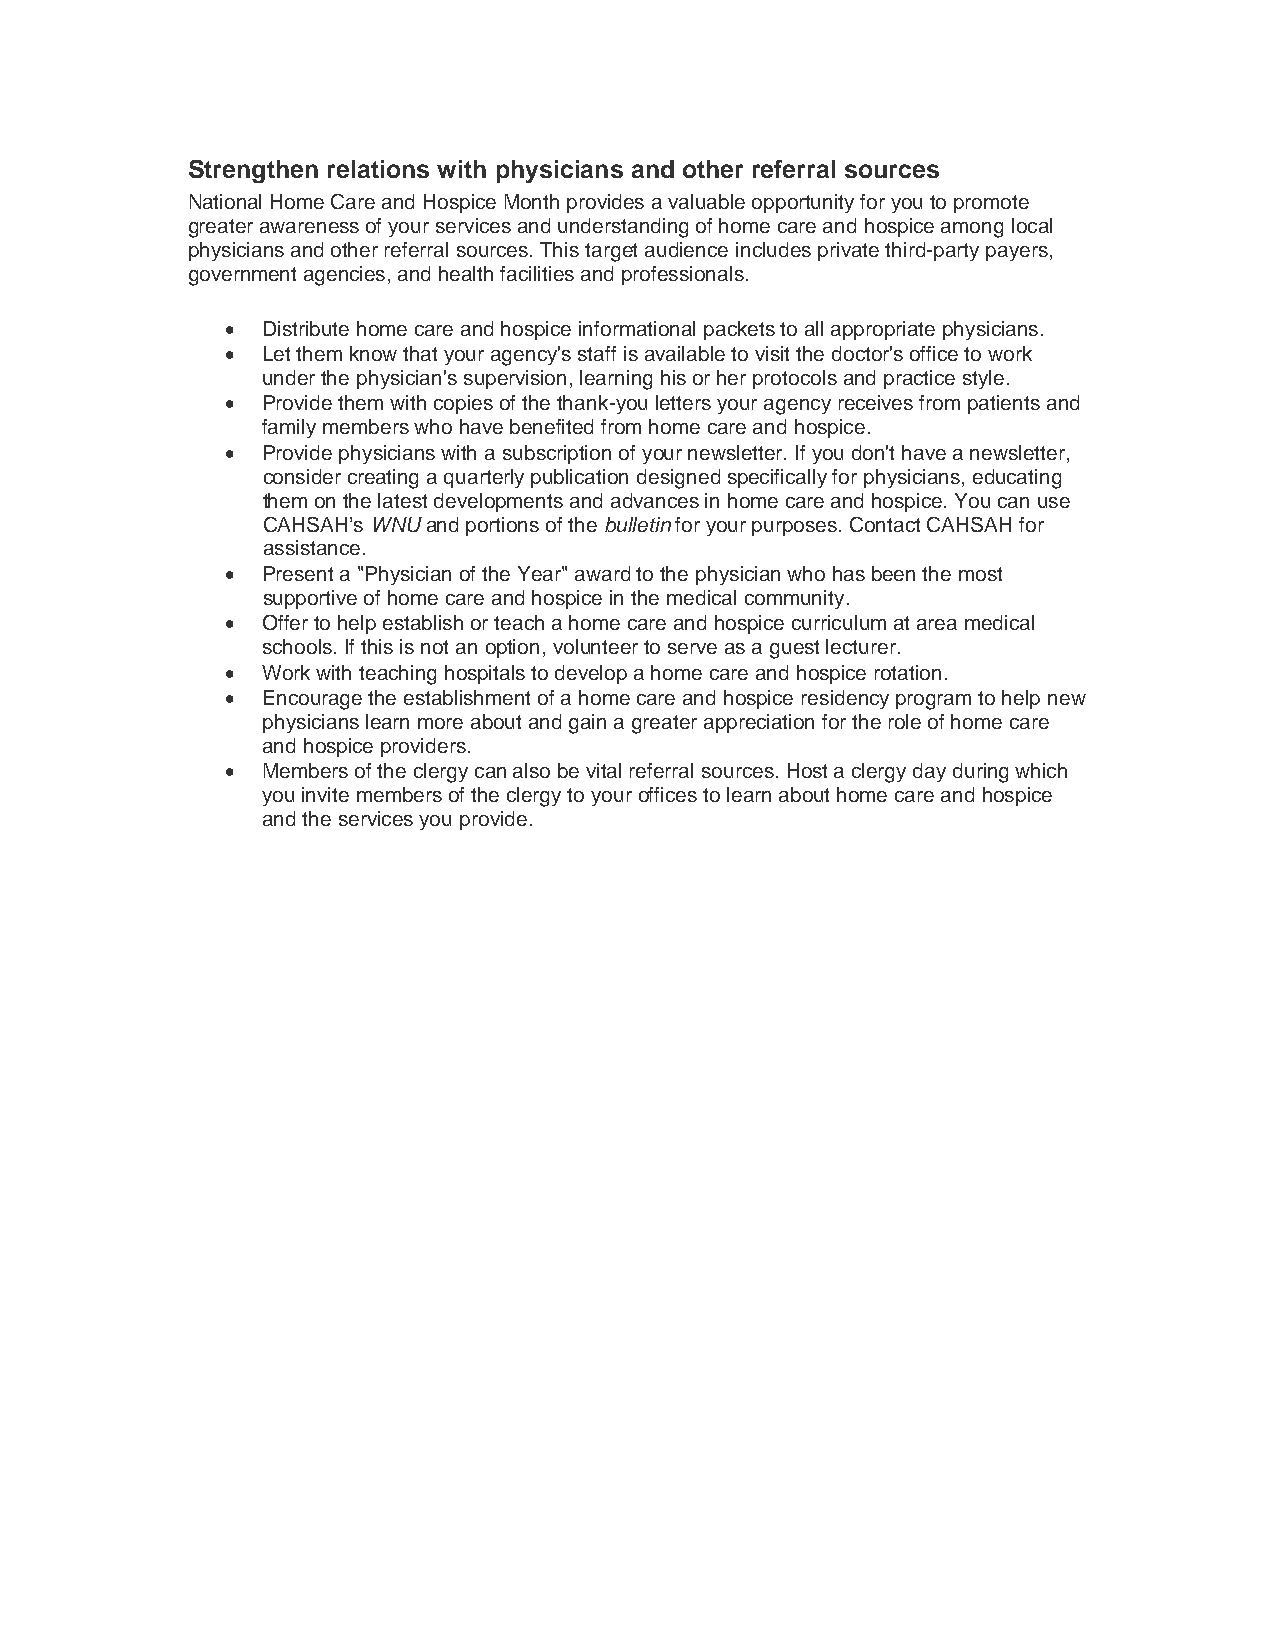
Strengthen relations with physicians and other referral sources
 National Home Care and Hospice Month provides a valuable opportunity for you to promote
 greater awareness of your services and understanding of home care and hospice among local
 physicians and other referral sources. This target audience includes private third-party payers,
 government agencies, and health facilities and professionals.
 • Distribute home care and hospice informational packets to all appropriate physicians.
 • Let them know that your agency's staff is available to visit the doctor's office to work
 under the physician's supervision, learning his or her protocols and practice style.
 • Provide them with copies of the thank-you letters your agency receives from patients and
 family members who have benefited from home care and hospice.
 • Provide physicians with a subscription of your newsletter. If you don't have a newsletter,
 consider creating a quarterly publication designed specifically for physicians, educating
 them on the latest developments and advances in home care and hospice. You can use
 CAHSAH’s WNU and portions of the bulletin for your purposes. Contact CAHSAH for
 assistance.
 • Present a "Physician of the Year" award to the physician who has been the most
 supportive of home care and hospice in the medical community.
 • Offer to help establish or teach a home care and hospice curriculum at area medical
 schools. If this is not an option, volunteer to serve as a guest lecturer.
 • Work with teaching hospitals to develop a home care and hospice rotation.
 • Encourage the establishment of a home care and hospice residency program to help new
 physicians learn more about and gain a greater appreciation for the role of home care
 and hospice providers.
 • Members of the clergy can also be vital referral sources. Host a clergy day during which
 you invite members of the clergy to your offices to learn about home care and hospice
 and the services you provide.